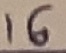
Text: 16